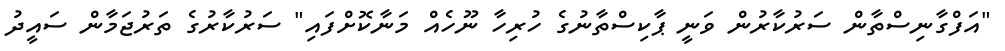
"އަފްގާނިސްތާން ސަރުކާރުން ވަނީ ޕާކިސްތާނުގެ ހުރިހާ ނޫހެއް މަނާކޮށްފައި" ސަރުކާރުގެ ތަރުޖަމާން ސައީދު